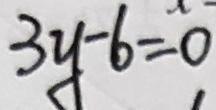
3 y - 6 = 0